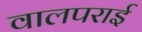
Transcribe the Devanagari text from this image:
वालपराई